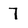
Character: 7